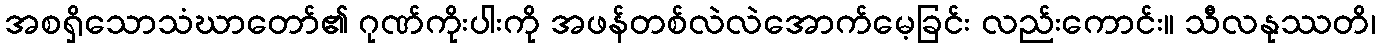
အစရှိသောသံဃာတော်၏ ဂုဏ်ကိုးပါးကို အဖန်တစ်လဲလဲအောက်မေ့ခြင်း လည်းကောင်း။ သီလနုဿတိ၊